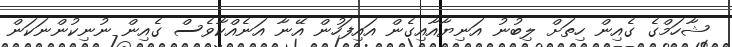
ޝާހަމްގެ ގެއިން ހިތަށް ލިބުނު އަނިޔާއާއިގެން އައިފަހުން އޭނާ އަނެއްކާވެސް ގެއިން ނުނިކުންނަކަން